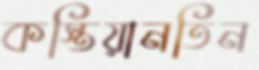
কস্তিয়ানতিন